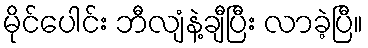
မိုင်ပေါင်း ဘီလျံနဲ့ချီပြီး လာခဲ့ပြီ။